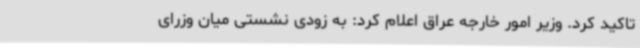
تاکید کرد. وزیر امور خارجه عراق اعلام کرد: به زودی نشستی میان وزرای